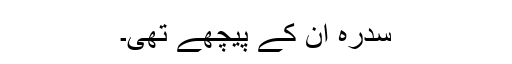
سدرہ ان کے پیچھے تھی۔